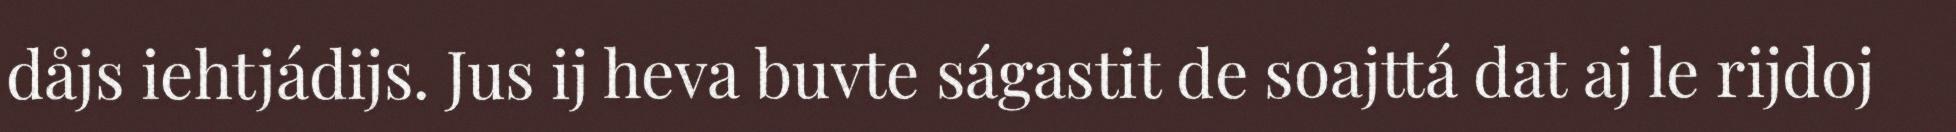
dåjs iehtjádijs. Jus ij heva buvte ságastit de soajttá dat aj le rijdoj